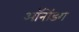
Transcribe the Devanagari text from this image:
ऑनोंडग